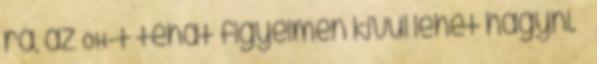
rá, az OH-t tehát figyelmen kívül lehet hagyni. –